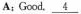
A;Good.\underline{4}